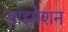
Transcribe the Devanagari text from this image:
डाइमेशन